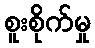
စူးစိုက်မှု